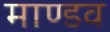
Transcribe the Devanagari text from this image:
माण्डव